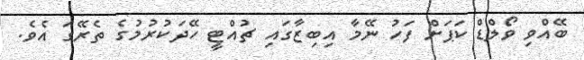
ބޭއްވި ވޯލްޑް ކަޕަށް ފަހު ނޭމާ އިބިޒާގައި ޗުއްޓީ ހޭދަކުރުމުގެ ތެރޭގަ އެވެ.